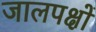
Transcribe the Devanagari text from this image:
जालपक्षों